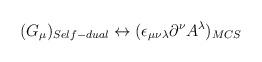
LaTeX: \begin{align*}(G_{\mu})_{Self-dual} \leftrightarrow (\epsilon_{\mu\nu\lambda}\partial^{\nu}A^{\lambda})_{MCS}\end{align*}